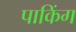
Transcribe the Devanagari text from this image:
पाकिंग